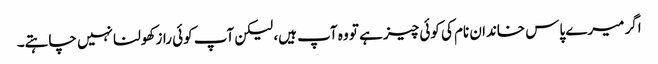
اگر میرے پاس خاندان نام کی کوئی چیز ہے تو وہ آپ ہیں، لیکن آپ کوئی راز کھولنا نہیں چاہتے۔